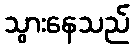
သွားနေသည်